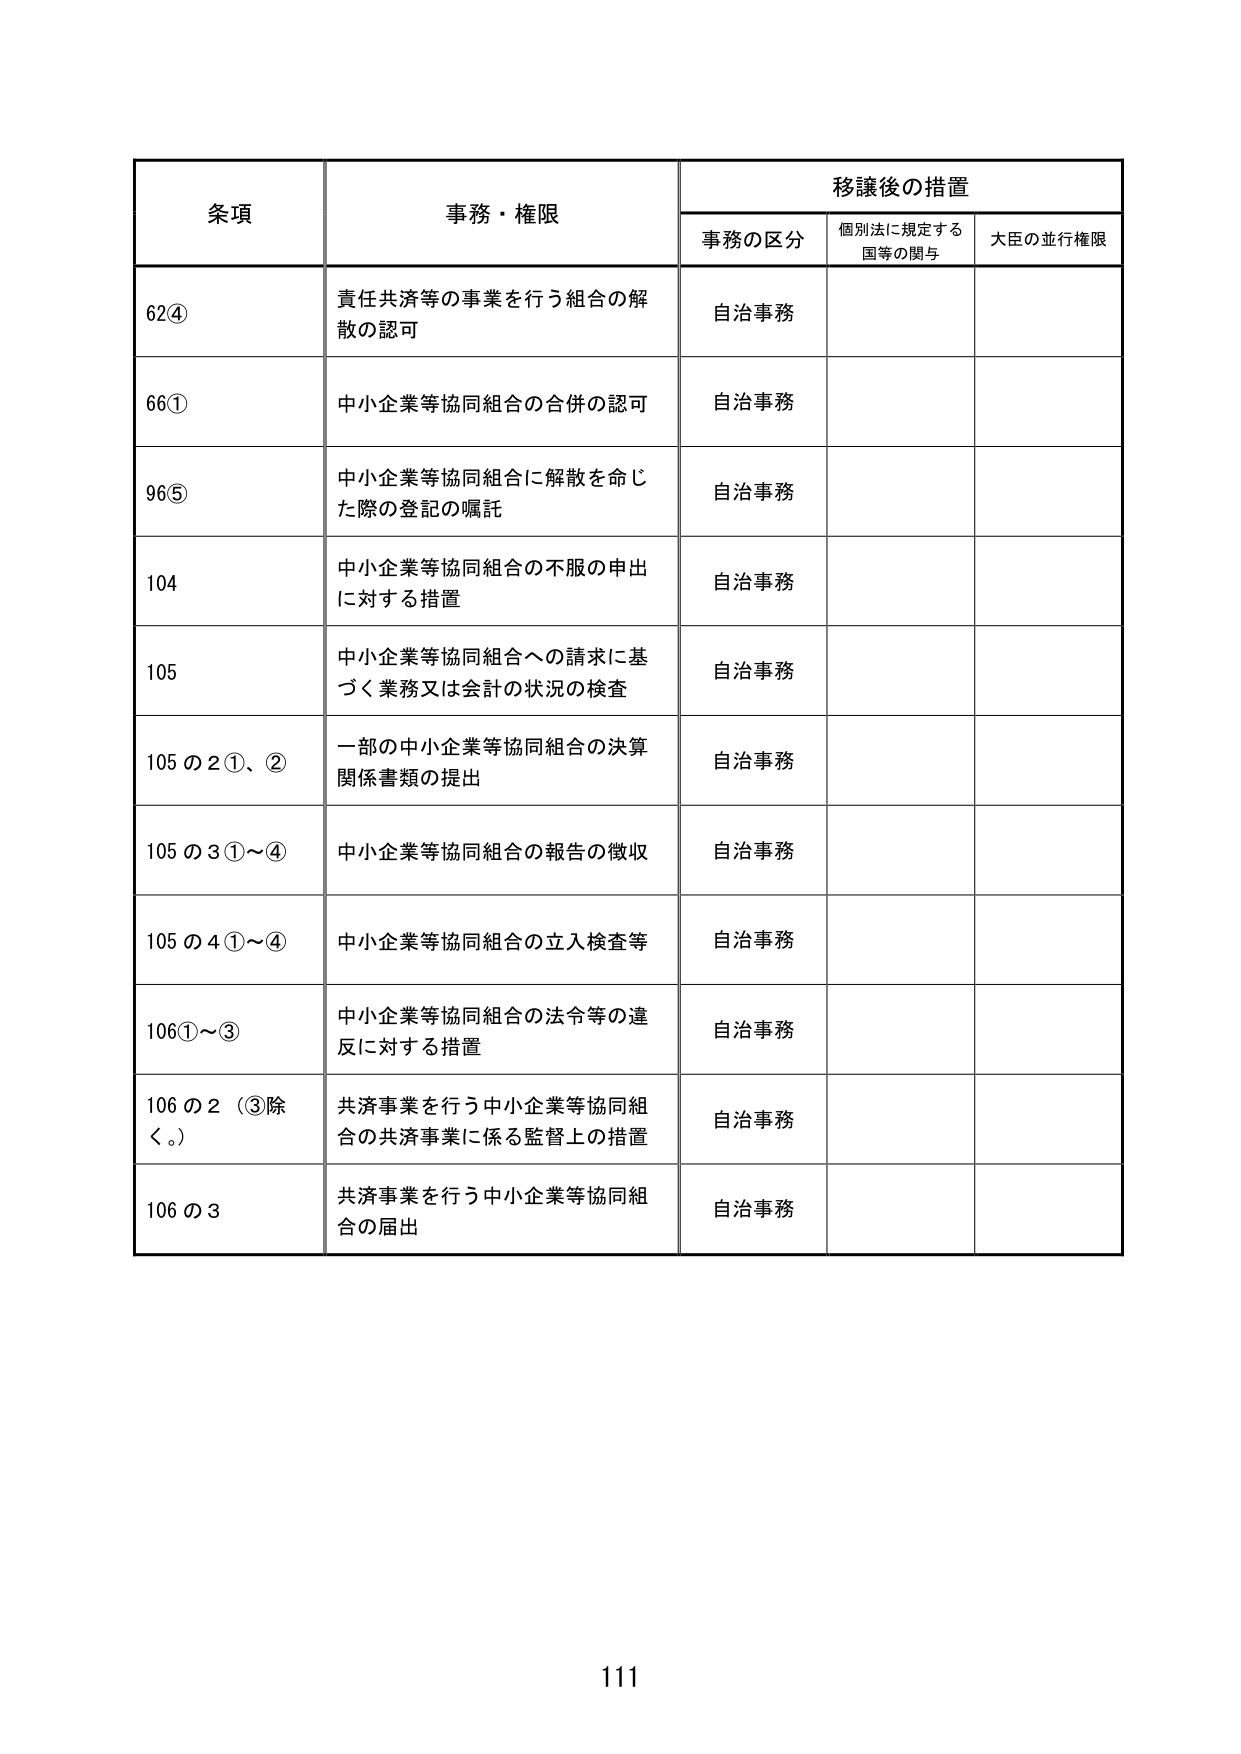
条項 事務・権限 移譲後の措置
事務の区分 個別法に規定する国等の関与 大臣の並行権限
62④ 責任共済等の事業を行う組合の解散の認可 自治事務
66① 中小企業等協同組合の合併の認可 自治事務
96⑤ 中小企業等協同組合に解散を命じた際の登記の嘱託 自治事務
104 中小企業等協同組合の不服の申出に対する措置 自治事務
105 中小企業等協同組合への請求に基づく業務又は会計の状況の検査 自治事務
105の2①、② 一部の中小企業等協同組合の決算関係書類の提出 自治事務
105の3①～④ 中小企業等協同組合の報告の徴収 自治事務
105の4①～④ 中小企業等協同組合の立入検査等 自治事務
106①～③ 中小企業等協同組合の法令等の違反に対する措置 自治事務
106の2（③除く。） 共済事業を行う中小企業等協同組合の共済事業に係る監督上の措置 自治事務
106の3 共済事業を行う中小企業等協同組合の届出 自治事務
111